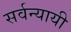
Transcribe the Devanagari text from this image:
सर्वन्यायी